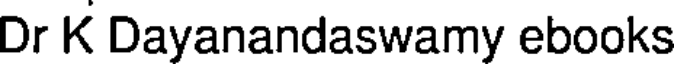
Dr K Dayanandaswamy ebooks